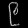
Digit: ၉